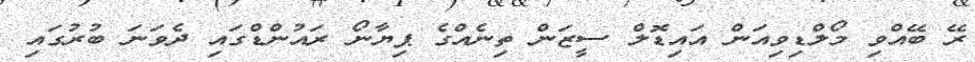
ރޭ ބޭއްވި މޯލްޑިވިއަން އައިޑޮލް ސީޒަން ތިނެއްގެ ޕިޔާނޯ ރައުންޑްގައި ދެވަނަ ބުރުގައި